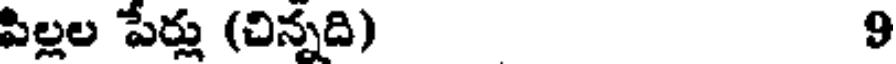
పిల్లల పేర్లు (చిన్నది) 9